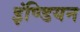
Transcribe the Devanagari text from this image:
इंण्डियन